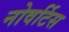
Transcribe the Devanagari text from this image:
नोवर्टिस